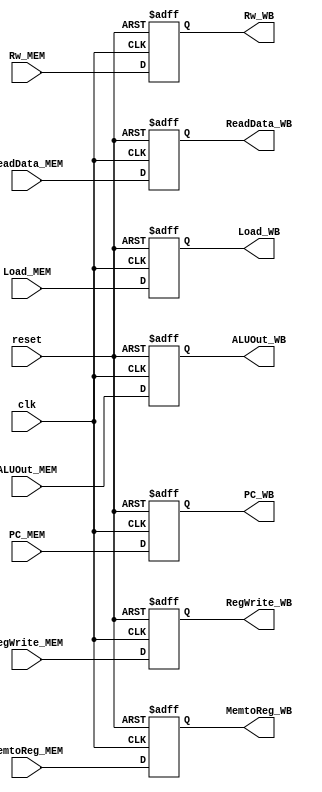
// This program was cloned from: https://github.com/TCL606/MipsPipeline
// License: MIT License

module MEM_WB(
    input wire clk,
    input wire reset,

    input wire RegWrite_MEM,
    input wire [1:0] MemtoReg_MEM,
    input wire [4:0] Rw_MEM,
    input wire [31:0] ReadData_MEM,
    input wire [31:0] ALUOut_MEM,
    input wire [31:0] PC_MEM,
    input wire Load_MEM,

    output reg RegWrite_WB,
    output reg [1:0] MemtoReg_WB,
    output reg [4:0] Rw_WB,
    output reg [31:0] ReadData_WB,
    output reg [31:0] ALUOut_WB,
    output reg [31:0] PC_WB,
    output reg Load_WB
);

initial begin
    RegWrite_WB <= 0;
    MemtoReg_WB <= 0;
    Rw_WB <= 0;
    ReadData_WB <= 0;
    ALUOut_WB <= 0;
    PC_WB <= 0;
    Load_WB <= 0;
end

always @(posedge clk or posedge reset) begin
    if(reset) begin
        RegWrite_WB <= 0;
        MemtoReg_WB <= 0;
        Rw_WB <= 0;
        ReadData_WB <= 0;
        ALUOut_WB <= 0;
        PC_WB <= 0;
        Load_WB <= 0;
    end
    else begin
        RegWrite_WB <= RegWrite_MEM;
        MemtoReg_WB <= MemtoReg_MEM;
        Rw_WB <= Rw_MEM;
        ReadData_WB <= ReadData_MEM;
        ALUOut_WB <= ALUOut_MEM;
        PC_WB <= PC_MEM;
        Load_WB <= Load_MEM;
    end
end

endmodule